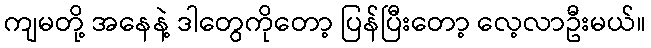
ကျမတို့ အနေနဲ့ ဒါတွေကိုတော့ ပြန်ပြီးတော့ လေ့လာဦးမယ်။